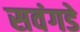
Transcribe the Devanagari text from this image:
सवंगडे